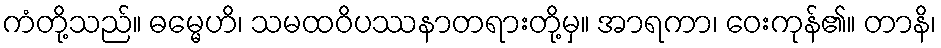
ကံတို့သည်။ ဓမ္မေဟိ၊ သမထဝိပဿနာတရားတို့မှ။ အာရကာ၊ ဝေးကုန်၏။ တာနိ၊